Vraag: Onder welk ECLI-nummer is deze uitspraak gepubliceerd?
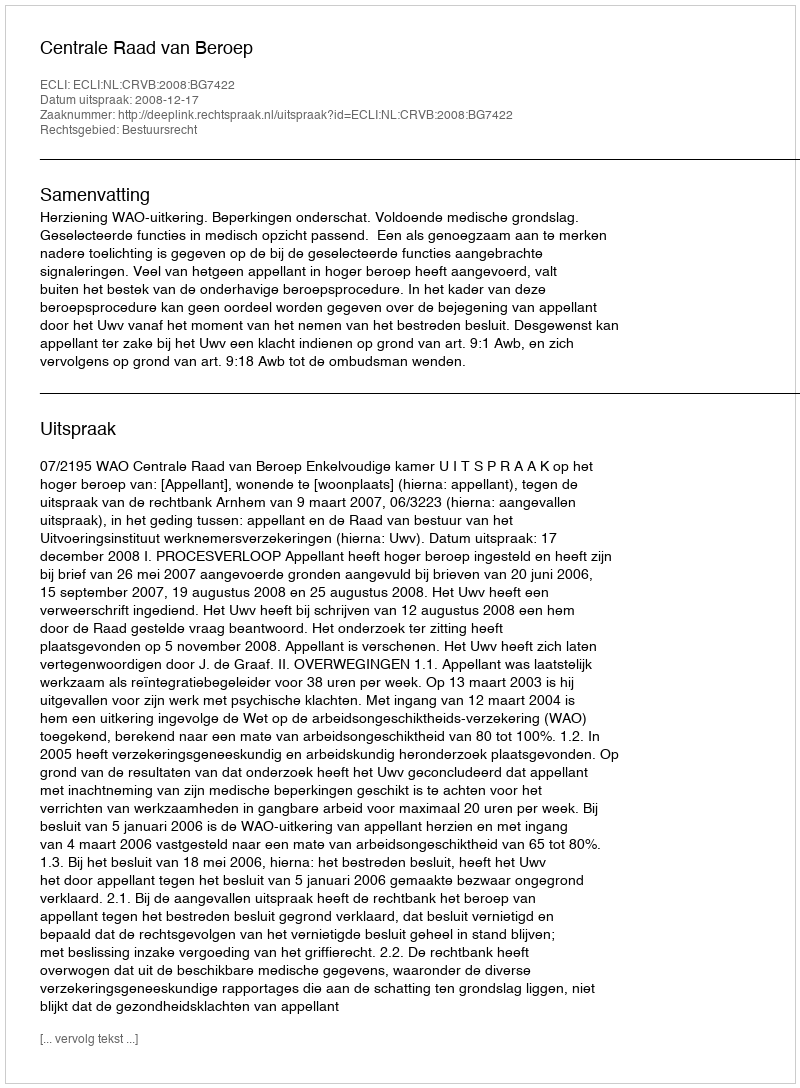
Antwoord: ECLI:NL:CRVB:2008:BG7422